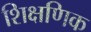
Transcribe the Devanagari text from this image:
शिक्षणिक